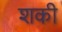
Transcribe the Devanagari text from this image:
शकी